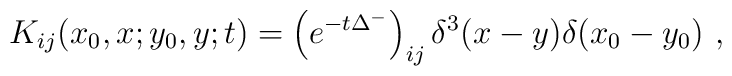
K_{ij} (x_0 ,x;y_0 ,y;t) = \left( e^{-t\Delta^{-} } \right)_{ij}\delta^{3} (x-y) \delta (x_0 -y_0 ) \ ,